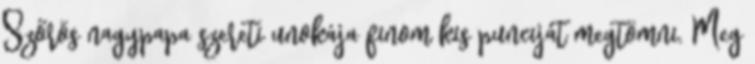
Szőrös nagypapa szereti unokája finom kis punciját megtömni. Meg